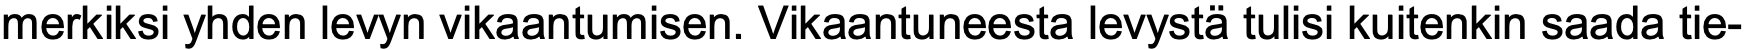
merkiksi yhden levyn vikaantumisen. Vikaantuneesta levystä tulisi kuitenkin saada tie-